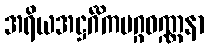
အရိယအဋ္ဌင်္ဂိကမဂ္ဂဝဏ္ဏနာ